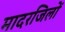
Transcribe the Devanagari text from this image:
मादरजिलों